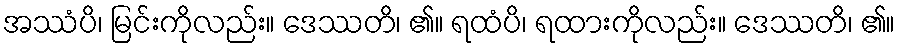
အဿံပိ၊ မြင်းကိုလည်း။ ဒေဿတိ၊ ၏။ ရထံပိ၊ ရထားကိုလည်း။ ဒေဿတိ၊ ၏။